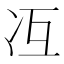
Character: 冱